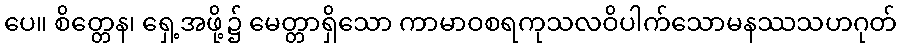
ပေ။ စိတ္တေန၊ ရှေ့အဖို့၌ မေတ္တာရှိသော ကာမာဝစရကုသလဝိပါက်သောမနဿသဟဂုတ်